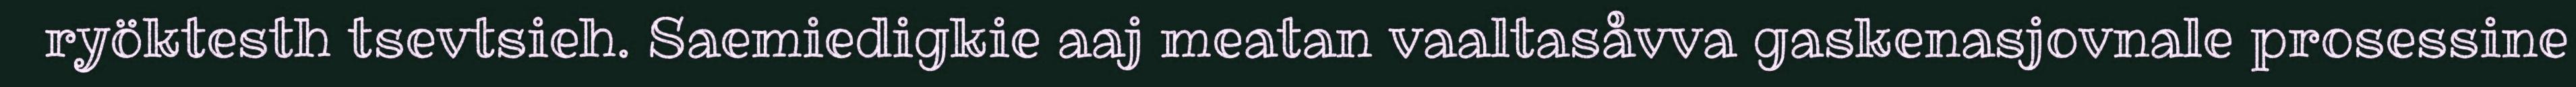
ryöktesth tsevtsieh. Saemiedigkie aaj meatan vaaltasåvva gaskenasjovnale prosessine